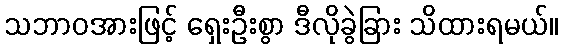
သဘာဝအားဖြင့် ရှေးဦးစွာ ဒီလိုခွဲခြား သိထားရမယ်။